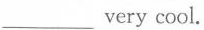
___very cool.